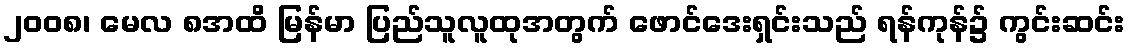
၂၀၀၈၊ မေလ ၈အထိ မြန်မာ ပြည်သူလူထုအတွက် ဖောင်ဒေးရှင်းသည် ရန်ကုန်၌ ကွင်းဆင်း